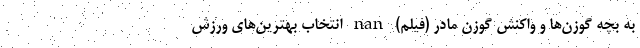
به بچه گوزن‌ها و واکنش گوزن مادر (فیلم) nan انتخاب بهترین‌های ورزش